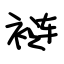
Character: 裢